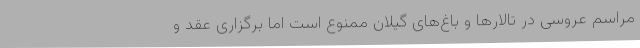
مراسم عروسی در تالارها و باغ‌های گیلان ممنوع است اما برگزاری عقد و